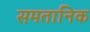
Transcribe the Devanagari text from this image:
समतानिक